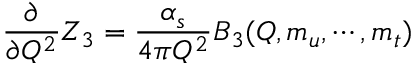
\frac { \partial } { \partial Q ^ { 2 } } Z _ { 3 } = \frac { \alpha _ { s } } { 4 \pi Q ^ { 2 } } B _ { 3 } ( Q , m _ { u } , \cdots , m _ { t } )